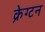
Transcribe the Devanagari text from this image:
क्रेग्टन